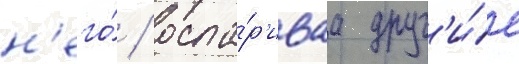
н'его́ / оспа́р'иваа друг'и́е